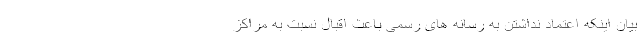
بیان اینکه اعتماد نداشتن به رسانه های رسمی باعث اقبال نسبت به مراکز